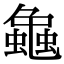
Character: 𧑴